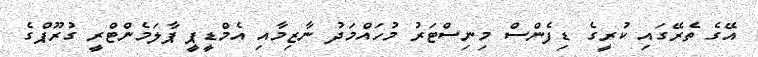
އޭގެ ތެރޭގައި ކުރީގެ ޑިފެންސް މިނިސްޓަރު މުހައްމަދު ނާޒިމާއި އެމްޑީޕީ ޕާލަމެންޓްރީ ގުރޫޕްގެ